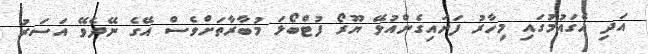
އަދި އެގައުމުގައި މިހާރު ފަށައިގެންއުޅޭ ޔޫރޯ ފުޓްބޯޅަ މުބާރާތަށްވެސް އޭގެ ނޭދެވޭ އަސަރު